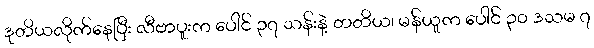
ဒုတိယလိုက်နေပြီး လီဗာပူးက ပေါင် ၃၇ သန်းနဲ့ တတိယ၊ မန်ယူက ပေါင် ၃၀ ဒသမ ၇